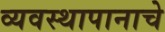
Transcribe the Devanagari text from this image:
व्यवस्थापानाचे